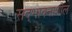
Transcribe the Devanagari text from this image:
सद्‌भावनाशील